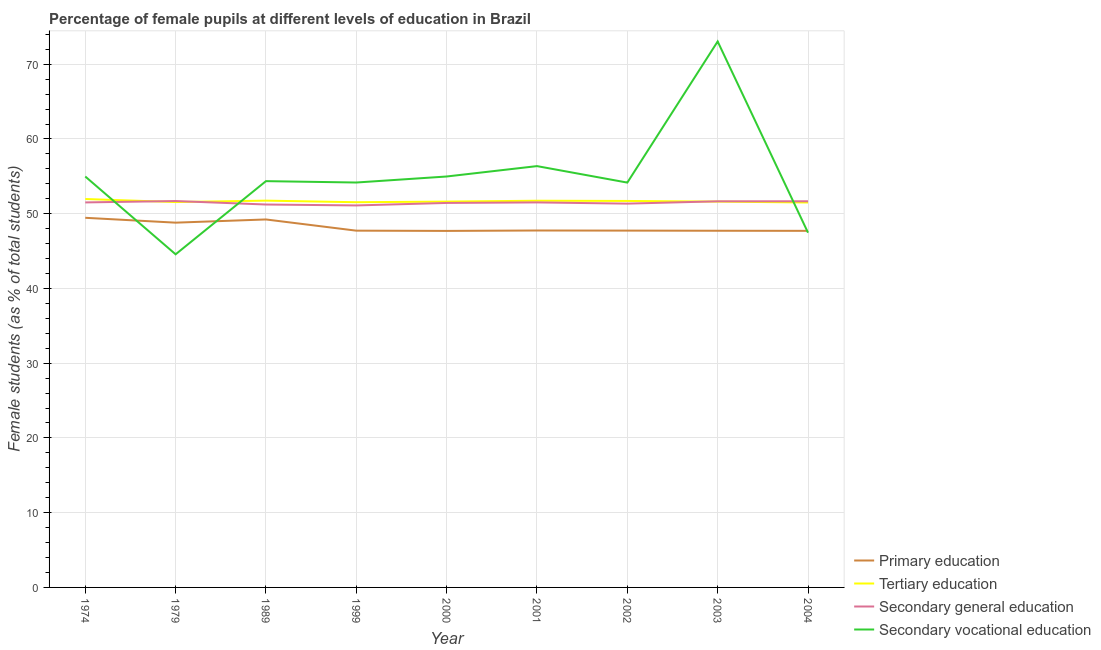
| Year | Primary education | Tertiary education | Secondary general education | Secondary vocational education |
 | --- | --- | --- | --- | --- |
 | 1974 | 49.5 | 52 | 51.5 | 55 |
 | 1979 | 48.8 | 51.6 | 51.7 | 44.6 |
 | 1989 | 49.2 | 51.7 | 51.2 | 54.4 |
 | 1999 | 47.7 | 51.5 | 51.1 | 54.2 |
 | 2000 | 47.7 | 51.6 | 51.4 | 55 |
 | 2001 | 47.8 | 51.7 | 51.5 | 56.4 |
 | 2002 | 47.7 | 51.7 | 51.3 | 54.2 |
 | 2003 | 47.7 | 51.6 | 51.7 | 73 |
 | 2004 | 47.7 | 51.5 | 51.7 | 47.5 |